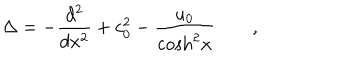
\Delta = - \frac { d ^ { 2 } } { d x ^ { 2 } } + c _ { 0 } ^ { 2 } - \frac { u _ { 0 } } { \mathrm { c o s h } ^ { 2 } x } \qquad ,